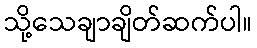
သို့သေချာချိတ်ဆက်ပါ။